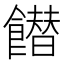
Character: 𩞲